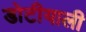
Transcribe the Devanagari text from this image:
डोटीयाली